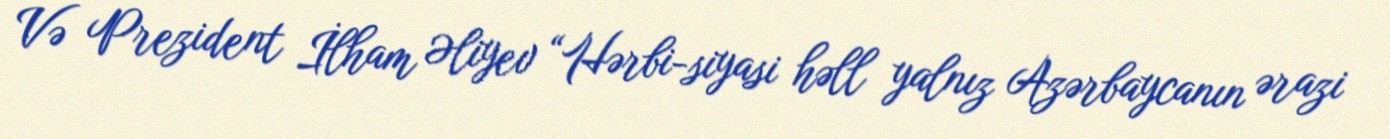
Və Prezident İlham Əliyev “Hərbi-siyasi həll yalnız Azərbaycanın ərazi